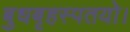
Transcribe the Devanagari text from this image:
बुधबृहस्पतयो।